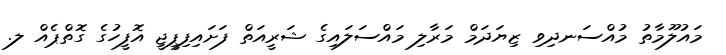
މައުލޫމާތު މުއްސަނދިވި ޒިޔަދަމް މަރާލި މައްސަލައިގެ ޝަރީއަތް ފަށައިފިޕީޖީ އޮފީހުގެ ގޮތްޕެއް ލ.